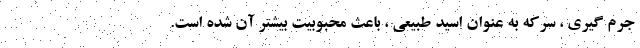
جرم گیری ، سرکه به عنوان اسید طبیعی ، باعث محبوبیت بیشتر آن شده است.